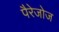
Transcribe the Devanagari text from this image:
पैरेजोज